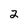
Character: 2